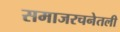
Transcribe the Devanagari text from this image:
समाजरचनेतली